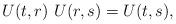
LaTeX: \begin{align*} U(t,r)~ U(r,s) = U(t,s), \end{align*}